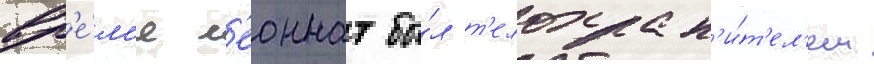
вр'е́м'я л'еоннат бы́л т'елохран'и́т'ел'ем